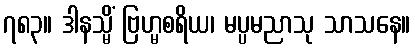
၇၈၃။ ဒါနသ္မိံ ဗြဟ္မစရိယ၊ မပ္ပမညာသု သာသနေ။